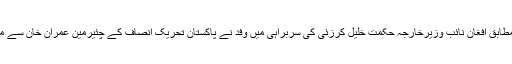
تفصیلات کےمطابق افغان نائب وزیرخارجہ حکمت خلیل کرزئی کی سربراہی میں وفد نے پاکستان تحریک انصاف کے چئیرمین عمران خان سے ملاقات کی ہے۔